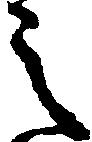
之